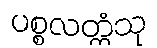
ပစ္စလတ္ထံသု